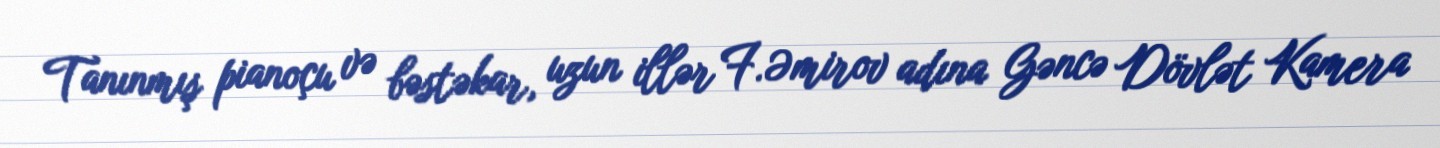
Tanınmış pianoçu və bəstəkar, uzun illər F.Əmirov adına Gəncə Dövlət Kamera